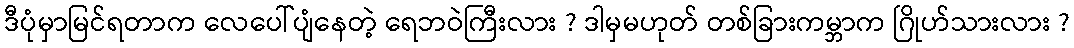
ဒီပုံမှာမြင်ရတာက လေပေါ်ပျံနေတဲ့ ရေဘဝဲကြီးလား ? ဒါမှမဟုတ် တစ်ခြားကမ္ဘာက ဂြိုဟ်သားလား ?